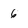
Character: 6